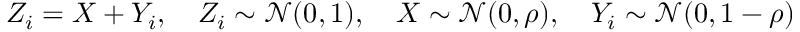
Z _ { i } = X + Y _ { i } , \quad Z _ { i } \sim \mathcal { N } ( 0 , 1 ) , \quad X \sim \mathcal { N } ( 0 , \rho ) , \quad Y _ { i } \sim \mathcal { N } ( 0 , 1 - \rho )